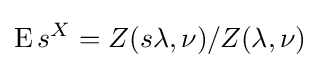
\operatorname {E} s^{X}=Z(s\lambda ,\nu )/Z(\lambda ,\nu )